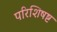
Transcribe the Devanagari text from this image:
परिशिषष्ट